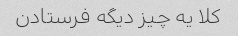
کلا یه چیز دیگه فرستادن